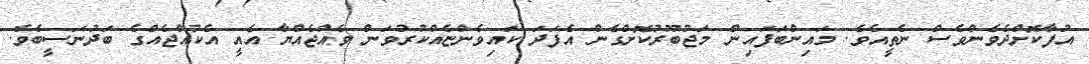
އުފާކޮށްދެވެންވެސް ނެތީއެވެ. މައިންބަފައިން މަޖުބޫރުކޮށްގެން އެފަދަ ކައިވެންޏެއްކުރުވަން ވެއްޖެއްޔާ އެއީ އެކުއްޖެއްގެ ބަދުނަސީބެވެ.